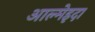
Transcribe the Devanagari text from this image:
आल्मेइदा